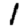
Digit: 1